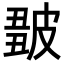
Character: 𤿿